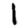
Digit: 1